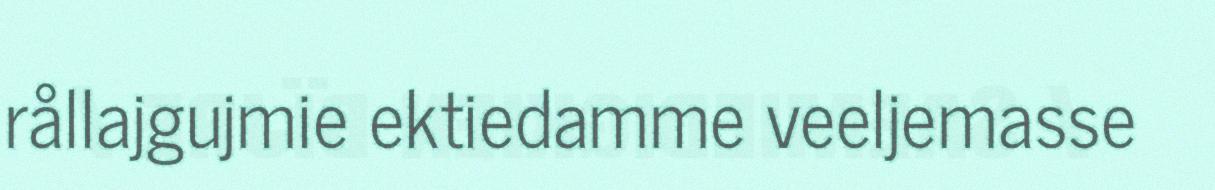
rållajgujmie ektiedamme veeljemasse